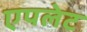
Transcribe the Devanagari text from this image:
एपलेट